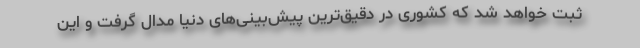
ثبت خواهد شد که کشوری در دقیق‌ترین پیش‌بینی‌های دنیا مدال گرفت و این